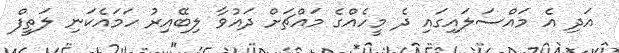
އަދި އެ މައްސަލައިގައި ދެ މީހެއްގެ މައްޗަށް ދައުވާ ލިބޭއިރު ހަމައެކަނި ލަތީފް